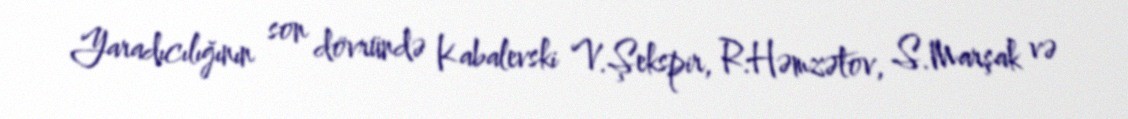
Yaradıcılığının son dövründə Kabalevski V.Şekspir, R.Həmzətov, S.Marşak və